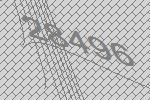
28496